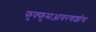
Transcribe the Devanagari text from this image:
फुफ्फुसआवरणशोथ